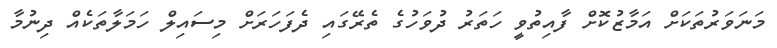
މަނަވަރުތަކަށް އަމާޒުކޮށް ފާއިތުވީ ހަތަރު ދުވަހުގެ ތެރޭގައި ދެފަހަރަށް މިސައިލް ހަމަލާތަކެއް ދިނުމާ